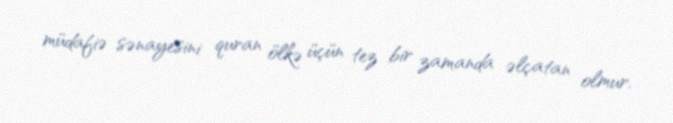
müdafiə sənayesini quran ölkə üçün tez bir zamanda əlçatan olmur.